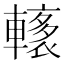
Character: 𨎭